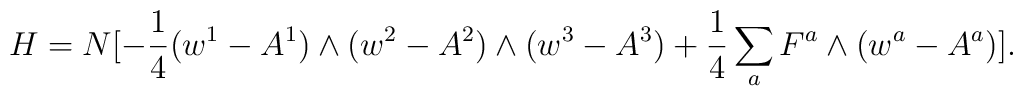
H = N [-{1\over 4} (w^1 - A^1) \wedge (w^2 - A^2) \wedge (w^3 - A^3) +  {1\over 4} \sum_a F^a \wedge (w^a - A^a)].